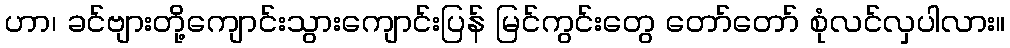
ဟာ၊ ခင်ဗျားတို့ကျောင်းသွားကျောင်းပြန် မြင်ကွင်းတွေ တော်တော် စုံလင်လှပါလား။